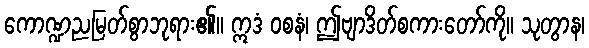
ကောဏ္ဍညမြတ်စွာဘုရား၏။ ဣဒံ ဝစနံ၊ ဤဗျာဒိတ်စကားတော်ကို။ သုတွာန၊